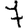
Digit: 7